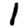
Digit: 1